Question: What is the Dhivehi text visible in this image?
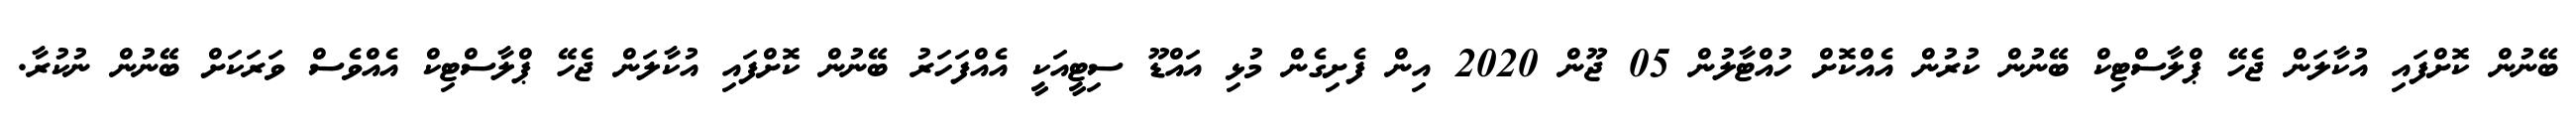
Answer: ބޭނުން ކޮށްފައި އުކާލަން ޖެހޭ ޕްލާސްޓިކް ބޭނުން ކުރުން އެއްކޮށް ހުއްޓާލުން 05 ޖޫން 2020 އިން ފެށިގެން މުޅި އައްޑޫ ސިޓީއަކީ އެއްފަހަރު ބޭނުން ކޮށްފައި އުކާލަން ޖެހޭ ޕްލާސްޓިކް އެއްވެސް ވަރަކަށް ބޭނުން ނުކުރާ.